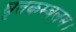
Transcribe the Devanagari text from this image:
घृतकम्बलम।